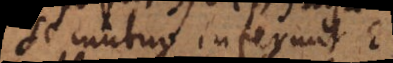
se mutuo inferunt